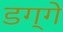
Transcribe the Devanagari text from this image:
डग्गे